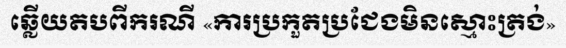
ឆ្លើយតបពីករណី «ការប្រកួតប្រជែងមិនស្មោះត្រង់»